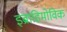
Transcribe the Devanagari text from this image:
इब्राहिमोविक